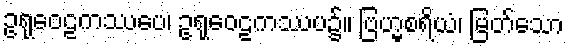
ဥရုဝေဠကဿပေ၊ ဥရုဝေဠကဿပ၌။ ဗြဟ္မစရိယံ၊ မြတ်သော